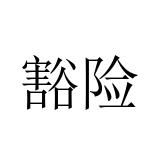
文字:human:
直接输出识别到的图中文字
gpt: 豁险